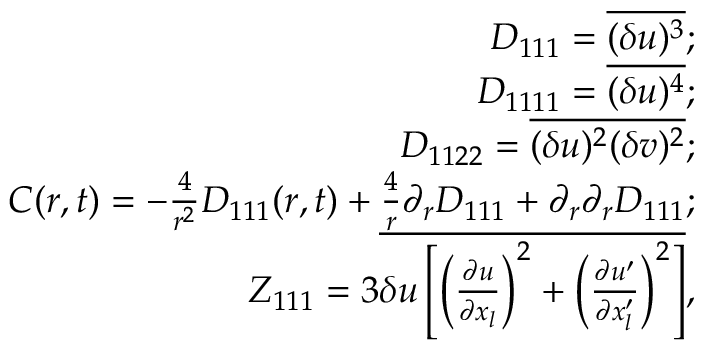
\begin{array} { r } { D _ { 1 1 1 } = \overline { { ( \delta u ) ^ { 3 } } } ; } \\ { D _ { 1 1 1 1 } = \overline { { ( \delta u ) ^ { 4 } } } ; } \\ { D _ { 1 1 2 2 } = \overline { { ( \delta u ) ^ { 2 } ( \delta v ) ^ { 2 } } } ; } \\ { C ( r , t ) = - \frac { 4 } { r ^ { 2 } } D _ { 1 1 1 } ( r , t ) + \frac { 4 } { r } \partial _ { r } D _ { 1 1 1 } + \partial _ { r } \partial _ { r } D _ { 1 1 1 } ; } \\ { Z _ { 1 1 1 } = 3 \overline { { \delta u \left[ \left( \frac { \partial u } { \partial x _ { l } } \right) ^ { 2 } + \left( \frac { \partial u ^ { \prime } } { \partial x _ { l } ^ { \prime } } \right) ^ { 2 } \right] } } , } \end{array}